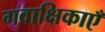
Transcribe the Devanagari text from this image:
गवाक्षिकाएँ